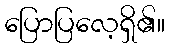
ပြောပြလေ့ရှိ၏။